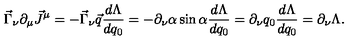
\vec { \Gamma } _ { \nu } \partial _ { \mu } \vec { J } ^ { \mu } = - \vec { \Gamma } _ { \nu } \vec { q } \frac { d \Lambda } { d q _ { 0 } } = - \partial _ { \nu } \alpha \sin \alpha \frac { d \Lambda } { d q _ { 0 } } = \partial _ { \nu } q _ { 0 } \frac { d \Lambda } { d q _ { 0 } } = \partial _ { \nu } \Lambda .